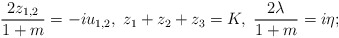
\begin{align*}{2z_{1,2}\over 1+m} = -iu_{1,2},\; z_1+z_2+z_3 = K,\;{2\lambda\over 1+m} = i\eta;\end{align*}